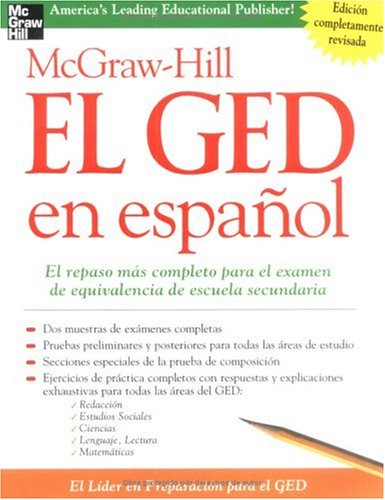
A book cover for McGraw-Hill El GED en espanol; McGraw-Hill's GED; Test Preparation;